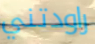
راودتني